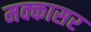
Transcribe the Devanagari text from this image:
मक्कासर